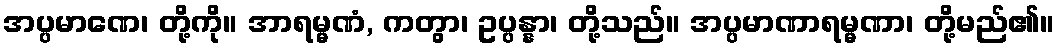
အပ္ပမာဏေ၊ တို့ကို။ အာရမ္မဏံ, ကတွာ၊ ဥပ္ပန္နာ၊ တို့သည်။ အပ္ပမာဏာရမ္မဏာ၊ တို့မည်၏။